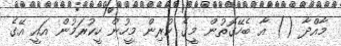
މާއްދާ () އާ ބެހޭގޮތުން މީގެ ކުރިން މީހުން ހީކުރަމުން އައީ އޭގެ